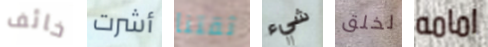
خائف أشرت ثقتنا شيء لخلق امامه